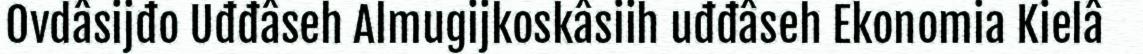
Ovdâsijđo Uđđâseh Almugijkoskâsiih uđđâseh Ekonomia Kielâ